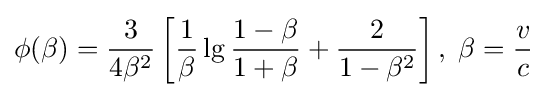
\phi (\beta )={\frac {3}{4\beta ^{2}}}\left[{\frac {1}{\beta }}\lg {\frac {1-\beta }{1+\beta }}+{\frac {2}{1-\beta ^{2}}}\right],\;\beta ={\frac {v}{c}}